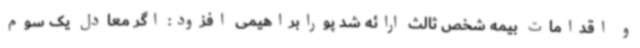
و اقدامات بیمه شخص ثالث ارائه شد پورابراهیمی افزود: اگر معادل یک سوم